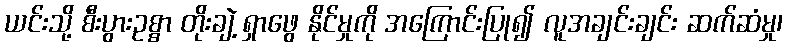
ယင်းသို့ စီးပွားဥစ္စာ တိုးချဲ့ ရှာဖွေ နိုင်မှုကို အကြောင်းပြု၍ လူအချင်းချင်း ဆက်ဆံမှု၊